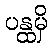
ပန္ထမှိ